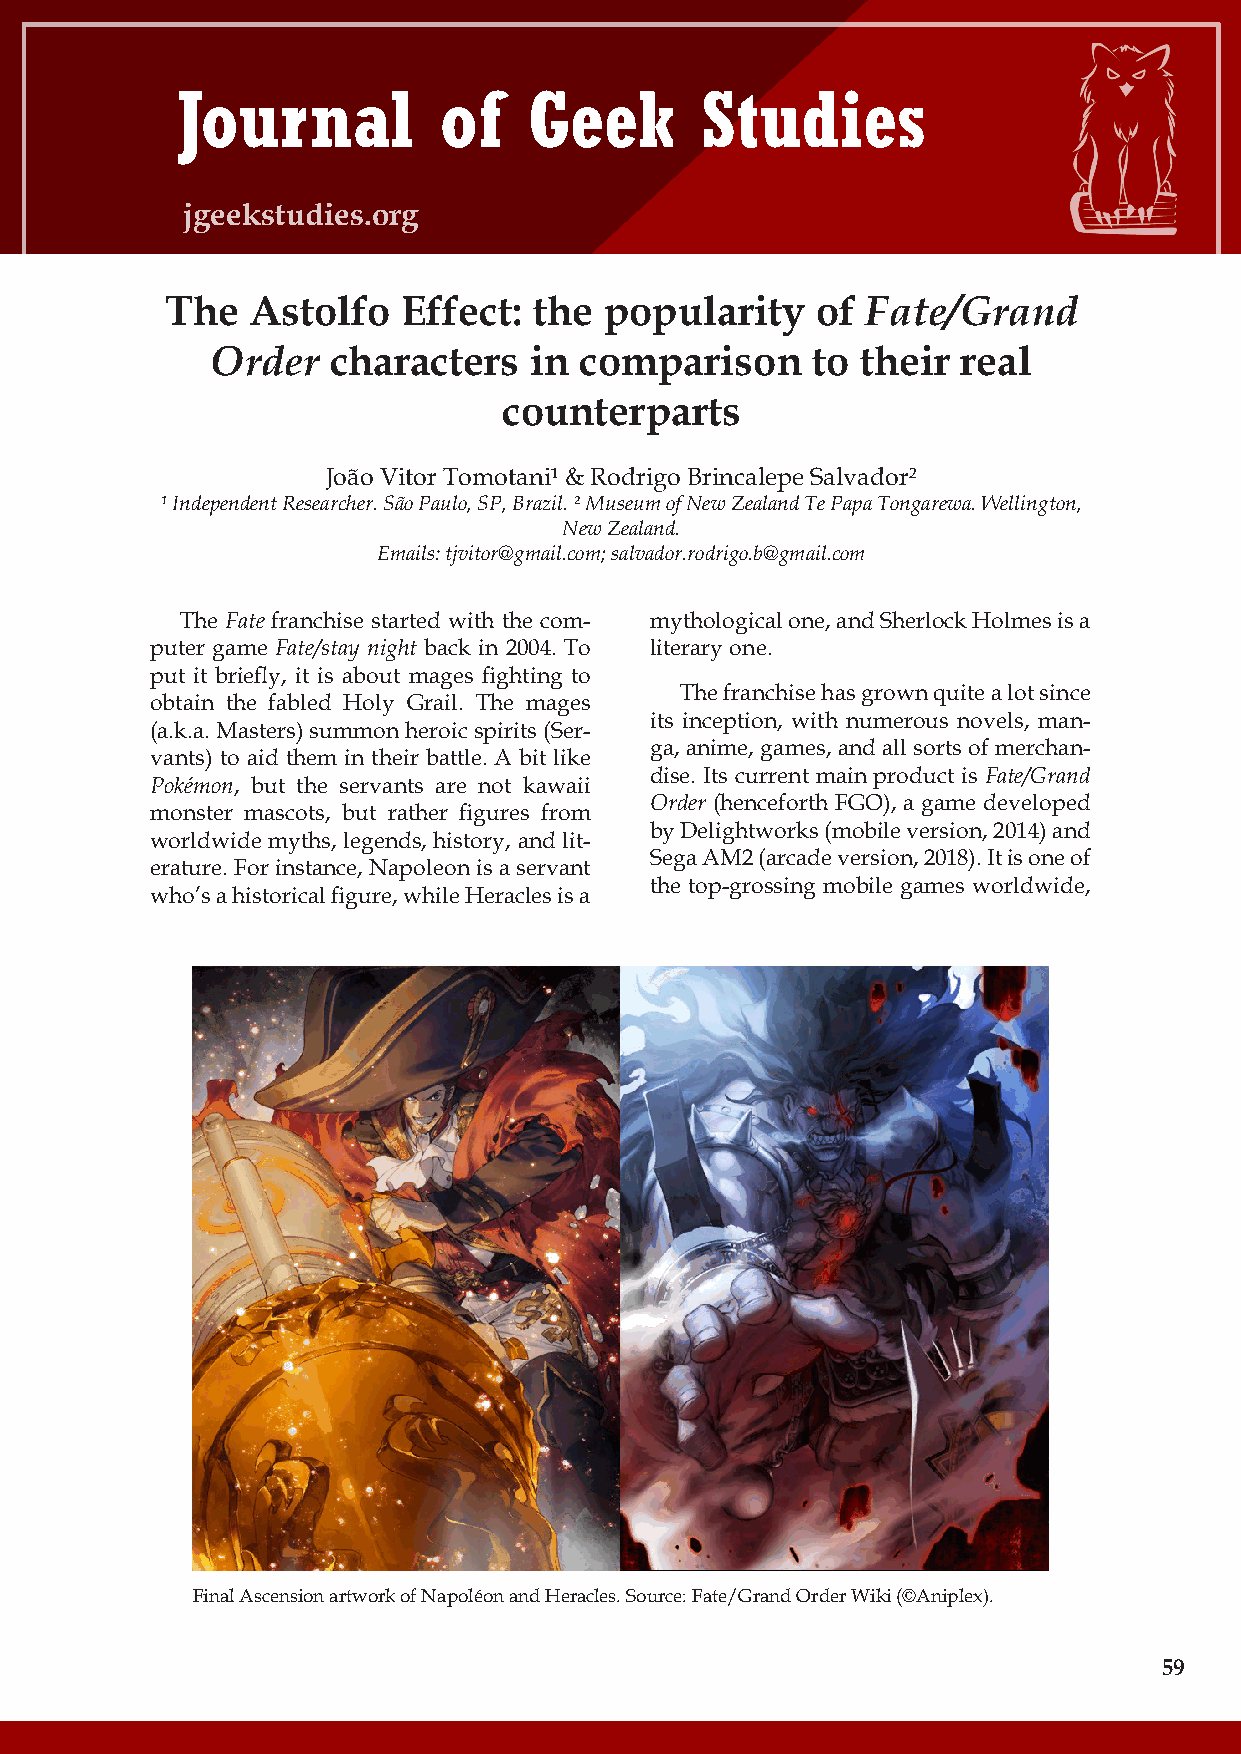
Journal          of    Geek       Studies
 jgeekstudies.org
 The  Astolfo    Effect: the  popularity    of Fate/Grand
 Order   characters   in comparison      to their  real
 counterparts
 João Vitor Tomotani¹ & Rodrigo Brincalepe Salvador²
 ¹ Independent Researcher. São Paulo, SP, Brazil. ² Museum of New Zealand Te Papa Tongarewa. Wellington,
 New Zealand.
 Emails: tjvitor@gmail.com; salvador.rodrigo.b@gmail.com
 The Fate franchise started with the com- mythological one, and Sherlock Holmes is a
 puter game Fate/stay night back in 2004. To literary one.
 put it briefly, it is about mages fighting to
 The franchise has grown quite a lot since
 obtain the fabled Holy Grail. The mages
 its inception, with numerous novels, man-
 (a.k.a. Masters) summon heroic spirits (Ser-
 ga, anime, games, and all sorts of merchan-
 vants) to aid them in their battle. A bit like
 dise. Its current main product is Fate/Grand
 Pokémon, but the servants are not kawaii
 Order (henceforth FGO), a game developed
 monster mascots, but rather figures from
 by Delightworks (mobile version, 2014) and
 worldwide myths, legends, history, and lit-
 Sega AM2 (arcade version, 2018). It is one of
 erature. For instance, Napoleon is a servant
 the top-grossing mobile games worldwide,
 who’s a historical figure, while Heracles is a
 Final Ascension artwork of Napoléon and Heracles. Source: Fate/Grand Order Wiki (©Aniplex).
 59